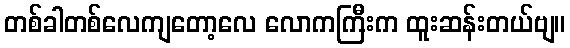
တစ်ခါတစ်လေကျတော့လေ လောကကြီးက ထူးဆန်းတယ်ဗျ။